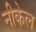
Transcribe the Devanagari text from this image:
नीकेल